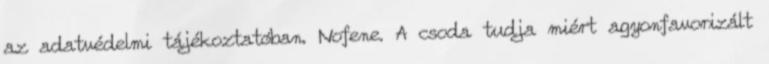
az adatvédelmi tájékoztatóban. Nofene. A csoda tudja miért agyonfavorizált